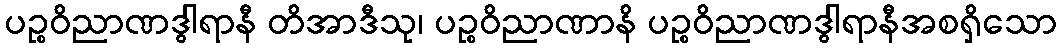
ပဉ္စဝိညာဏဒွါရာနီ တိအာဒီသု၊ ပဉ္စဝိညာဏာနိ ပဉ္စဝိညာဏဒွါရာနီအစရှိသော